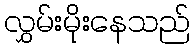
လွှမ်းမိုးနေသည်